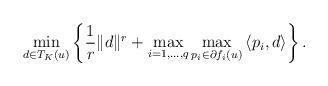
LaTeX: \begin{align*} \min _{d\in T_K(u)} \left\{ \frac{1}{r} \| d \|^r + \max\limits_{i=1,...,q} \max_{p_i\in \partial f_i(u)} \left\langle p_i, d \right\rangle \right\}. \end{align*}